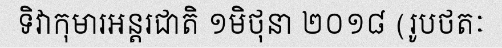
ទិវាកុមារអន្តរជាតិ ១មិថុនា ២០១៨ (រូបថតៈ